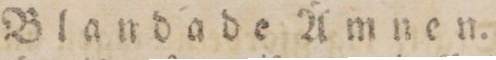
Blandade Ämnen.